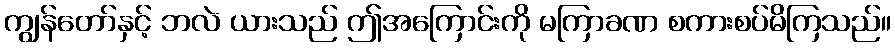
ကျွန်တော်နှင့် ဘလဲ ယားသည် ဤအကြောင်းကို မကြာခဏ စကားစပ်မိကြသည်။